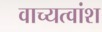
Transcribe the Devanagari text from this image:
वाच्यत्वांश